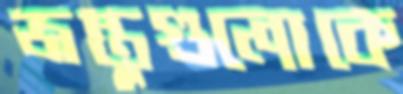
জন্তুগুলোকে